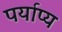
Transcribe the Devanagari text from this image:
पर्याप्य